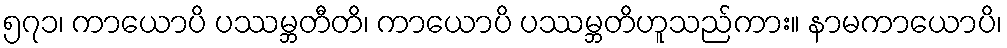
၅၇၁၊ ကာယောပိ ပဿမ္ဘတီတိ၊ ကာယောပိ ပဿမ္ဘတိဟူသည်ကား။ နာမကာယောပိ၊